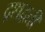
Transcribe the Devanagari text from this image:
द्रशद्वती